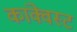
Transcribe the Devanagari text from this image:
कांक्वेस्ट